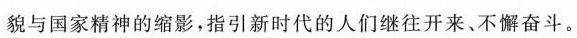
貌与国家精神的缩影，指引新时代的人们继往开来、不懈奋斗。